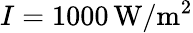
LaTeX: I=1000\, \mathrm{W/m^{2}}